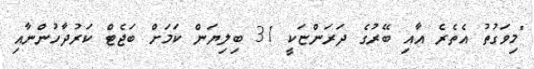
"މިވަގުތު އެތެރެ އާއި ބޭރުގެ ދަރަންޏަކީ 31 ބިލިޔަން ކަމަށް ބަޖެޓް ކަރުދާހުންނާއި